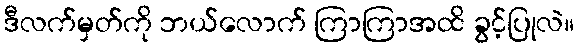
ဒီလက်မှတ်ကို ဘယ်လောက် ကြာကြာအထိ ခွင့်ပြုလဲ။